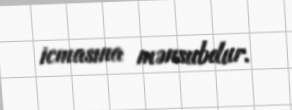
icmasına mənsubdur.